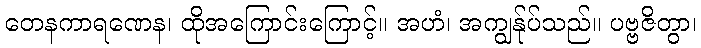
တေနကာရဏေန၊ ထိုအကြောင်းကြောင့်။ အဟံ၊ အကျွန်ုပ်သည်။ ပဗ္ဗဇိတွာ၊